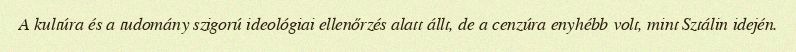
A kultúra és a tudomány szigorú ideológiai ellenőrzés alatt állt, de a cenzúra enyhébb volt, mint Sztálin idején.